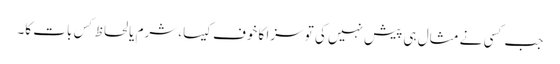
جب کسی نے مثال ہی پیش نہیں کی تو سزا کا خوف کیسا، شرم یا لحاظ کِس بات کا۔